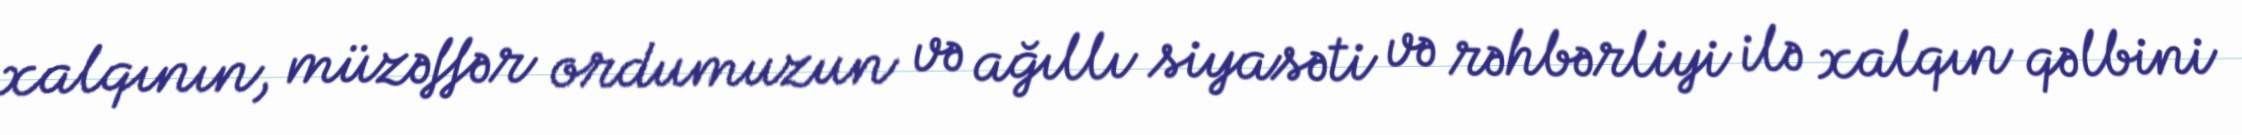
xalqının, müzəffər ordumuzun və ağıllı siyasəti və rəhbərliyi ilə xalqın qəlbini